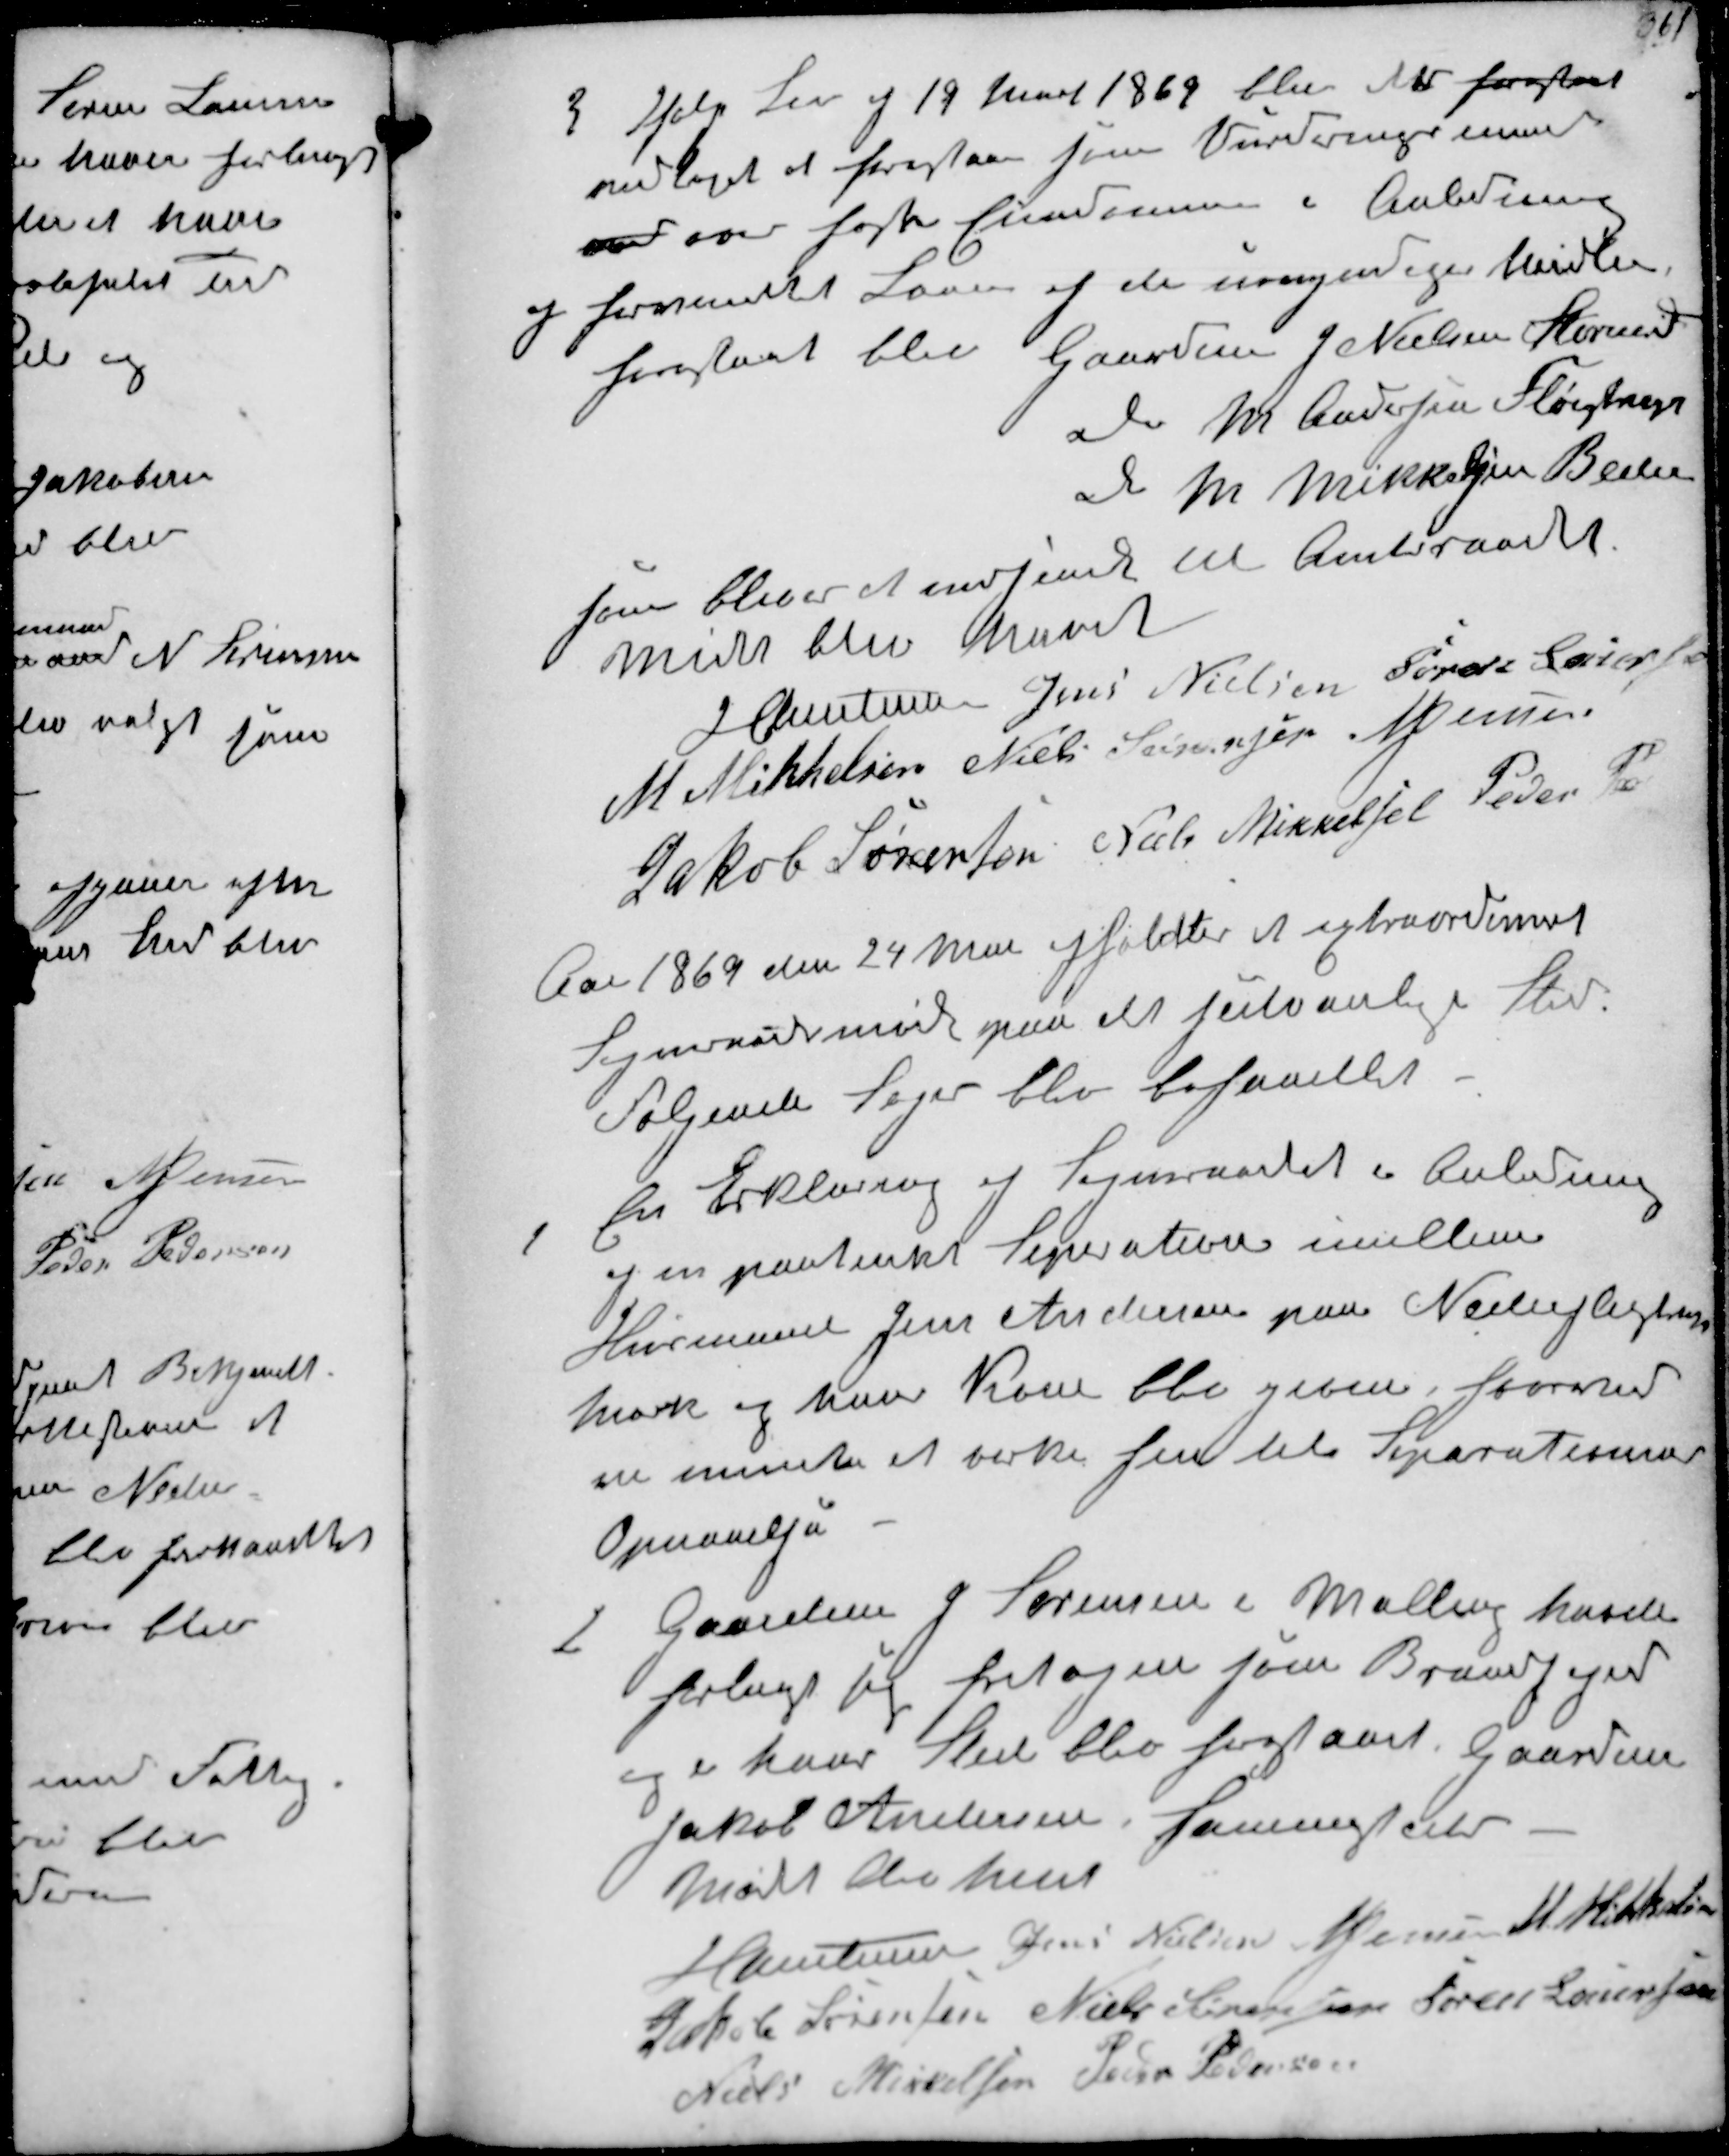
Transskription:
3
Iflg Lov af 19 Marts 1869 blev det foreslaaet
vedtaget at foreslaa hine Vurderingsmænd
over over faste Ejendomme i Anledning
og forventet Laan af de umyndiges Midler
foreslaaett blev Gaardm. J Nielsen Storenord
Do M Andersen Fløistrup
Do M. Mikkelsen Beder

som bliver at indsende til Amtsraadet
Mødet blev hævet
J Christensen Jens Nielsen Søren Laursen
M. Mikkelsen Niels Sørensen N Jensen
Jakob Sørensen Niels Mikkelsen Peder Pe
Aar 1869 den 24 Mai afholdtes et extraordinært
Sogneraadsmøde paa det sedvanlige Sted
Følgende Sager blev behandlet.

1
En Erklæring af Sogneraadet i Anledning
af en paatenkt Seperation imellem
Husmand Jens Andersen paa Nederfløjstrup
Mark og hans Kone blev geven hvorved
vi mente at virke hen til Separationens
Opnaaelse

2
Gaardm. J Sørensen i Malling havde
forlagt sig fritagen som Brandfoged
og i hans Sted blev foreslaaet Gaardm
Jacob Sørensen sammested
Mødet blev hævet
J Christensen Jens Nielsen N Jensen M. Mikkelsen
Jakob Sørensen Niels Sørensen Søren Laursen
Niels Mikkelsen Peder Pedersen